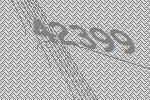
42399